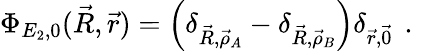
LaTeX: \Phi_{E_{2},0}(\vec{R},\vec{r})=\Big(\delta_{\vec{R},\vec{\rho}_{A}}-\delta_{\vec{R},\vec{\rho}_{B}}\Big)\delta_{\vec{r},\vec{0}}\, \mathrm{~.~}